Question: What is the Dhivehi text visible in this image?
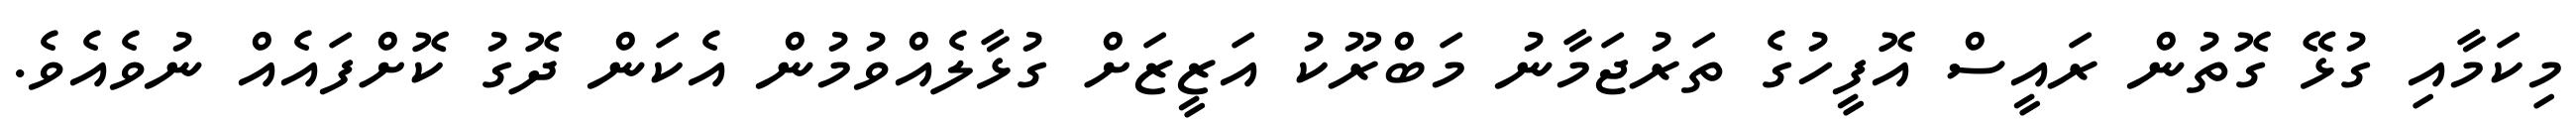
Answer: މިކަމާއި ގުޅޭ ގޮތުން ރައީސް އޮފީހުގެ ތަރުޖަމާނު މަބްރޫކު އަޒީޒަށް ގުޅާލެއްވުމުން އެކަން ދޮގު ކޮށްފައެއް ނުވެއެވެ.